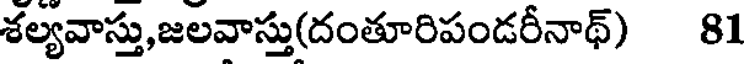
శల్యవాస్తు,జలవాస్తు(దంతూరిపండరీనాథ్) 81